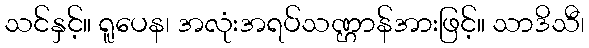
သင်နှင့်။ ရူပေန၊ အလုံးအရပ်သဏ္ဌာန်အားဖြင့်။ သာဒိသီ၊